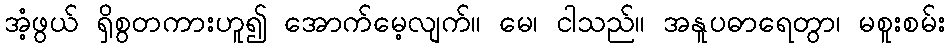
အံ့ဖွယ် ရှိစွတကားဟူ၍ အောက်မေ့လျက်။ မေ၊ ငါသည်။ အနူပဓာရေတွာ၊ မစူးစမ်း